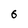
Character: 6